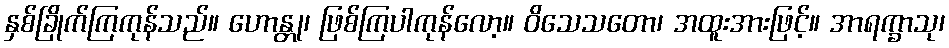
နှစ်ခြိုက်ကြကုန်သည်။ ဟောန္တု၊ ဖြစ်ကြပါကုန်လော့။ ဝိသေသတော၊ အထူးအားဖြင့်။ အာရက္ခာသု၊